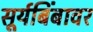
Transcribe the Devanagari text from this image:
सूर्यबिंबावर